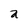
Character: a